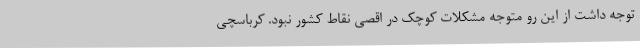
توجه داشت از این رو متوجه مشکلات کوچک در اقصی نقاط کشور نبود. کرباسچی